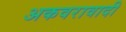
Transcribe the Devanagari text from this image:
अकवरावादी